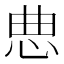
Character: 㤟